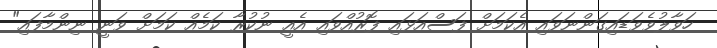
ހަވާލުވެވަޑައިގަންނަވައި އެކަމަށް ފަސްއަޅައި ފޮރުއްވައި އެއީ ނުކުރާ ކަމެއް ކަމަށް ވަނީ ނިންމާފައި"